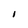
Character: I